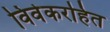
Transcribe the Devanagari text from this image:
विवेकरहित